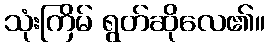
သုံးကြိမ် ရွတ်ဆိုလေ၏။